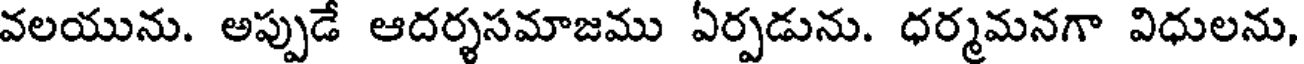
వలయును. అప్పుడే ఆదర్శసమాజము ఏర్పడును. ధర్మమనగా విధులను,